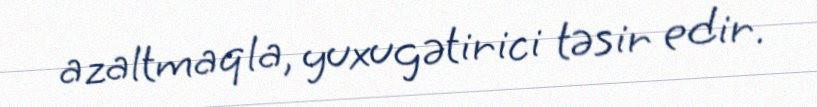
azaltmaqla, yuxugətirici təsir edir.